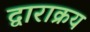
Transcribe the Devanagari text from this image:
द्वाराक्रय